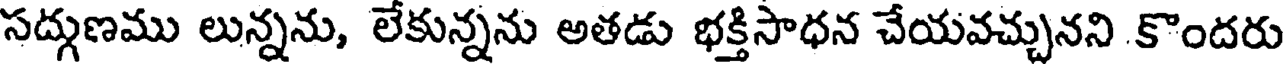
సద్గుణము లున్నను, లేకున్నను అతడు భక్తిసాధన చేయవచ్చునని కొందరు